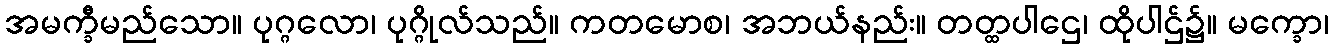
အမက္ခီမည်သော။ ပုဂ္ဂလော၊ ပုဂ္ဂိုလ်သည်။ ကတမောစ၊ အဘယ်နည်း။ တတ္ထပါဌေ၊ ထိုပါဌ်၌။ မက္ခော၊